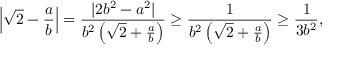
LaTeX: \left| { \sqrt { 2 } } - { \frac { a } { b } } \right| = { \frac { | 2 b ^ { 2 } - a ^ { 2 } | } { b ^ { 2 } \left( { \sqrt { 2 } } + { \frac { a } { b } } \right) } } \geq { \frac { 1 } { b ^ { 2 } \left( { \sqrt { 2 } } + { \frac { a } { b } } \right) } } \geq { \frac { 1 } { 3 b ^ { 2 } } } ,